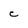
Character: C